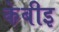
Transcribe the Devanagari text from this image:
केबीइ